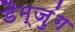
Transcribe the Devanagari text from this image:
डैम्ज़ुंग